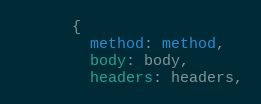
Language: Ruby
      {
        method: method,
        body: body,
        headers: headers,